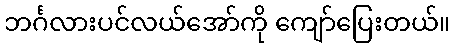
ဘင်္ဂလားပင်လယ်အော်ကို ကျော်ပြေးတယ်။